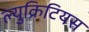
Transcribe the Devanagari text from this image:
ल्युक्रिटियस